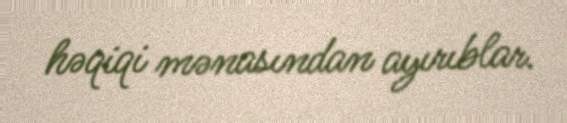
həqiqi mənasından ayırıblar.